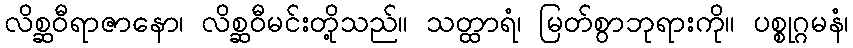
လိစ္ဆဝီရာဇာနော၊ လိစ္ဆဝီမင်းတို့သည်။ သတ္ထာရံ၊ မြတ်စွာဘုရားကို။ ပစ္စုဂ္ဂမနံ၊